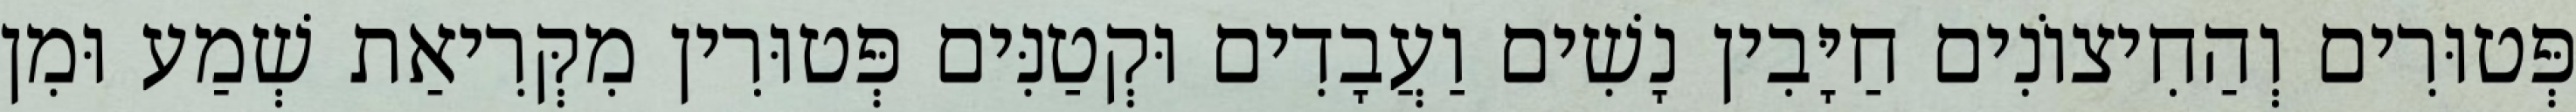
פְּטוּרִים וְהַחִיצוֹנִים חַיָּבִין נָשִׁים וַעֲבָדִים וּקְטַנִּים פְּטוּרִין מִקְּרִיאַת שְׁמַע וּמִן